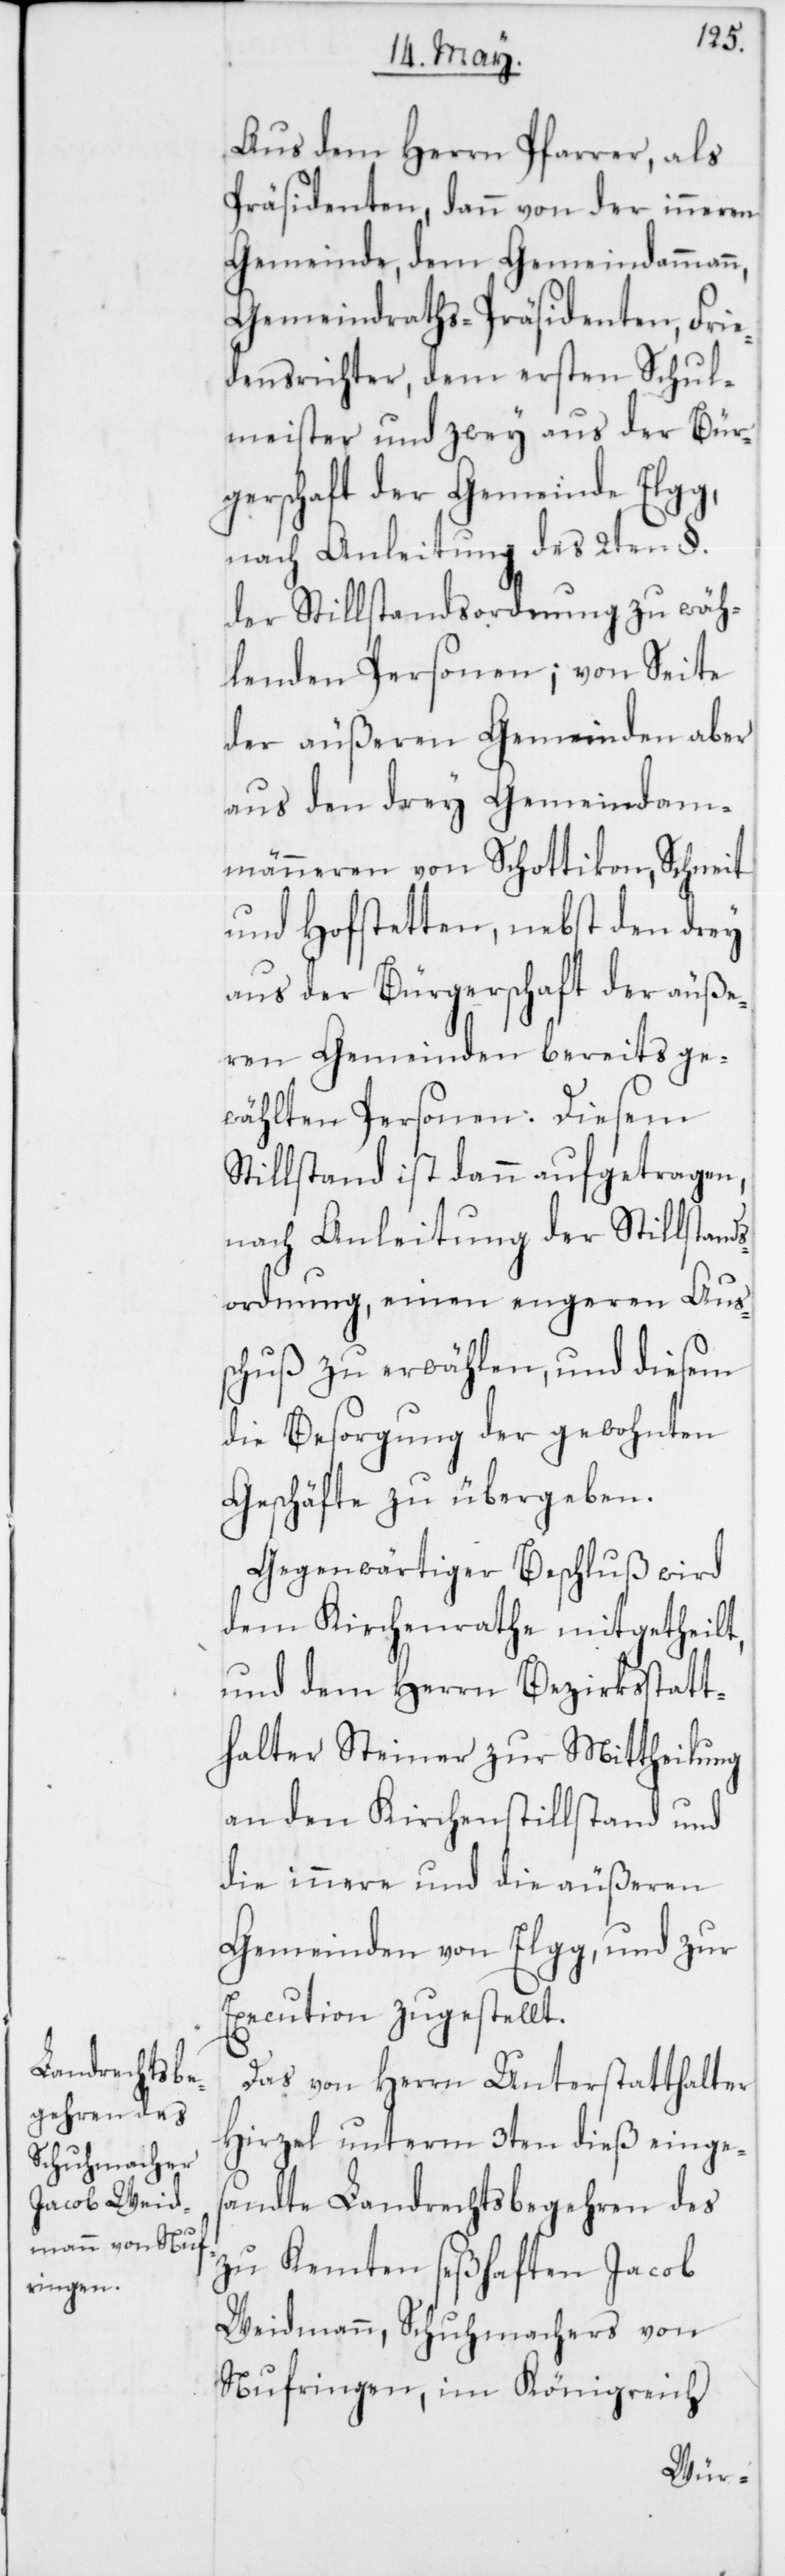
Aus dem Herrn Pfarrer, als
Präsidenten, dann von der inneren
Gemeinde, dem Gemeindammann,
Gemeindraths-Präsidenten, Frie¬
densrichter, dem ersten Schul¬
meister und zwey aus der Bür¬
gerschaft der Gemeinde Elgg,
nach Anleitung des 2ten §.
der Stillstandsordnung zu wäh¬
lenden Personen; von Seite
der äußeren Gemeinden aber
aus den drey Gemeindam¬
männeren von Schottikon, Schneit
und Hofstetten, nebst den drey
aus der Bürgerschaft der äuße¬
ren Gemeinden bereits ge¬
wählten Personen. Diesem
Stillstand ist dann aufgetragen,
nach Anleitung der Stillstand¬
sordnung, einen engeren Auss¬
chuß zu erwählen, und diesem
die Besorgung der gewohnten
Geschäfte zu übergeben.
Gegenwärtiger Beschluß wird
dem Kirchenrathe mitgetheilt,
und dem Herrn Bezirksstatt¬
halter Steiner zur Mittheilung
an den Kirchenstillstand und
die innere und die äußeren
Gemeinden von Elgg, und zur
Execution zugestellt.
Das von Herrn Unterstatthalter
Hirzel unterm 3ten dieß einge¬
sandte Landrechtsbegehren des
zu Kemten seßhaften Jacob
Weidmann, Schuhmachers von
Nufringen im Königreich